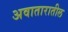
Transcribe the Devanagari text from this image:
अवातारातील